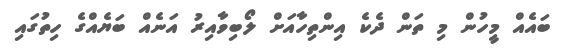
ބައެއް މީހުން މި ތަން ދެކެ އިންތިހާއަށް ލޯބިވާއިރު އަނެއް ބަޔެއްގެ ހިތުގައި